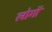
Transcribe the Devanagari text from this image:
लोगोंॱ